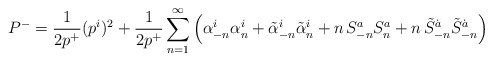
\begin{align*}P^-=\frac{1}{2p^+}(p^i)^2+\frac{1}{2p^+}\sum_{n=1}^\infty\left(\alpha^i_{-n} \alpha^i_{n}+\tilde{\alpha}^i_{-n} \tilde{\alpha}^i_{n} + n \,S^a_{-n} S^a_{n}+ n \,\tilde{S}^{\dot{a}}_{-n}\tilde{S}^{\dot{a}}_{-n}\right) \end{align*}